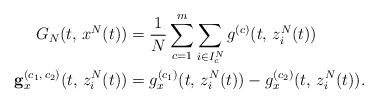
LaTeX: \begin{align*}G_{N}(t,\,x^{N}(t)) & =\frac{1}{N}\sum_{c=1}^{m}\sum_{i\in I_{c}^{N}}g^{(c)}(t,\,z_{i}^{N}(t))\\\mathbf{g}_{x}^{(c_{1},\,c_{2})}(t,\,z_{i}^{N}(t)) & =g_{x}^{(c_{1})}(t,\,z_{i}^{N}(t))-g_{x}^{(c_{2})}(t,\,z_{i}^{N}(t)).\end{align*}